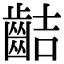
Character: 𪗾